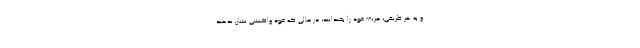
و به هر طریقی، حریف خود را بخندانند، در حالی که خود واکنشی نشان ندهند